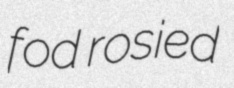
fod rosied